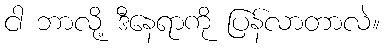
ငါ ဘာလို့ ဒီနေရာကို ပြန်လာတာလဲ။